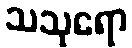
သသုရော